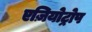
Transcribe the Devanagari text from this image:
एज़ियोट्रोप